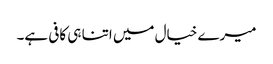
میرے خیال میں اتنا ہی کافی ہے۔